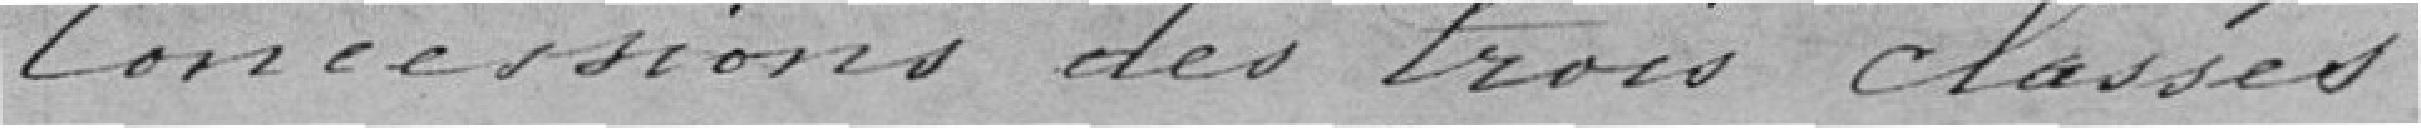
concessions des trois classes.